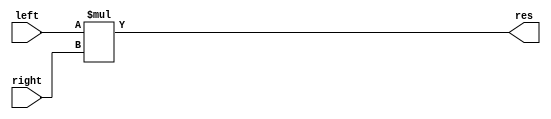
`timescale 1ns/1ns

module Mult (left, right, res);
parameter size = 8;
input [size-1:0] left, right;
output [size-1:0] res;

wire [size* 2 - 1: 0] calcres;
assign calcres = left * right;
assign res = calcres[size-1:0];

endmodule